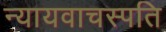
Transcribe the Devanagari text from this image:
न्यायवाचस्पति